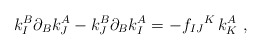
\begin{align*}k^B_I\partial_Bk^A_J-k^B_J\partial_Bk^A_I =-f_{IJ}{}^K\, k^A_K\ ,\end{align*}